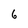
Character: 6